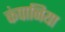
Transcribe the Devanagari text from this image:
कंपानिया